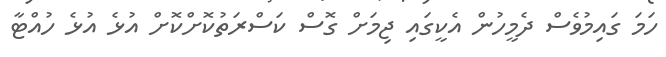
ހަމަ ގައިމުވެސް ދެމީހުން އެކީގައި ޖިމަށް ގޮސް ކަސްރަތުކޮށްކޮށް އުޅެ އުޅެ ހުއްޓާ